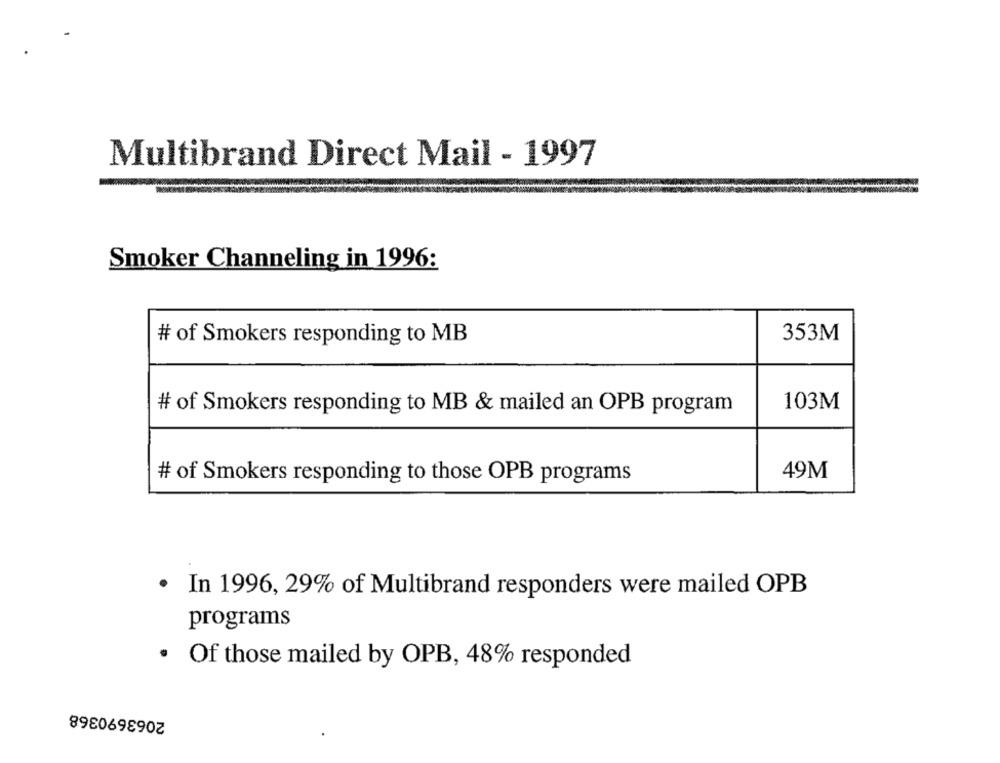
Multibrand Direct Mail - 1997
Smoker Channeling in 1996:
353M
# of Smokers responding to MB
103M
# of Smokers responding to MB & mailed an OPB program
# of Smokers responding to those OPB programs
49M
In 1996, 29% of Multibrand responders were mailed OPB
programs
Of those mailed by OPB, 48% responded
2063690368